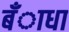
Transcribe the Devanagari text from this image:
बँाधा